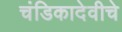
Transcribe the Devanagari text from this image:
चंडिकादेवीचे